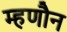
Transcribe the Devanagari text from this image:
म्हणौन